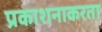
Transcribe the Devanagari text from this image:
प्रकाशनाकरता